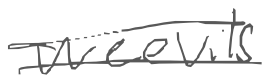
Text: weevils
Cross-out: double-line
Writing tool: digital_gray